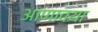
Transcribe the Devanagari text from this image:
आणावया